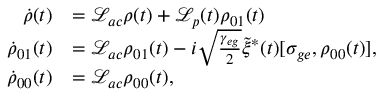
\begin{array} { r l } { \dot { \rho } ( t ) } & { = \mathcal { L } _ { a c } \rho ( t ) + \mathcal { L } _ { p } ( t ) \rho _ { 0 1 } ( t ) } \\ { \dot { \rho } _ { 0 1 } ( t ) } & { = \mathcal { L } _ { a c } \rho _ { 0 1 } ( t ) - i \sqrt { \frac { \gamma _ { e g } } { 2 } } \tilde { \xi } ^ { * } ( t ) [ \sigma _ { g e } , \rho _ { 0 0 } ( t ) ] , } \\ { \dot { \rho } _ { 0 0 } ( t ) } & { = \mathcal { L } _ { a c } \rho _ { 0 0 } ( t ) , } \end{array}